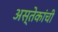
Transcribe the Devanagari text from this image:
अस्तेकांची